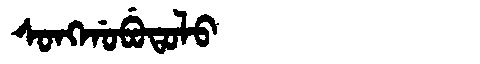
Manchu: ᠰᠣᠩᡤᠣᠪᡠᡨᠣᠯᠣ
Romanization: SONGGOBUTOLO